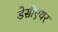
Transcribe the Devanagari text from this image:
डेसीएयर